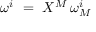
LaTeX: \omega ^ { i } \ = \ \d X ^ { M } \, \omega _ { M } ^ { i }